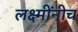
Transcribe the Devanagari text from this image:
लक्ष्मींनीच